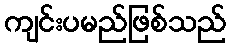
ကျင်းပမည်ဖြစ်သည်